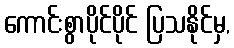
ကောင်းစွာပိုင်ပိုင် ပြသနိုင်မှ,